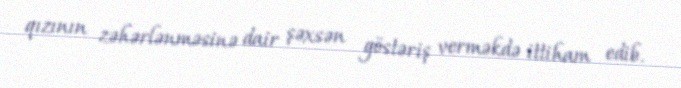
qızının zəhərlənməsinə dair şəxsən göstəriş verməkdə ittiham edib.